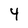
Character: 4